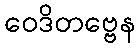
ဝေဒိတဗ္ဗေန